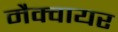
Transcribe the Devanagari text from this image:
मैक्वायर